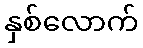
နှစ်လောက်